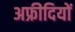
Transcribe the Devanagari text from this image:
अफ्रीदियों